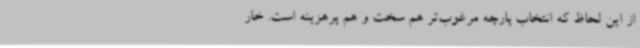
از این لحاظ که انتخاب پارچه مرغوب‌تر هم سخت و هم پرهزینه است. خار